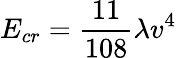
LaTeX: E_{cr}={\frac{11}{108}}\lambda v^{4}